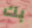
بك